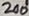
Text: 200